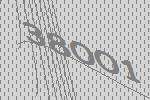
38001